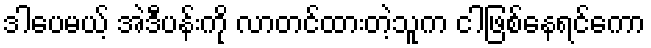
ဒါပေမယ့် အဲဒီပန်းကို လာတင်ထားတဲ့သူက ငါဖြစ်နေရင်ကော